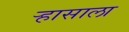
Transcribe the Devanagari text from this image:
ऱ्हासाला